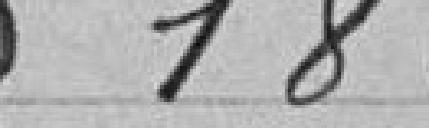
186